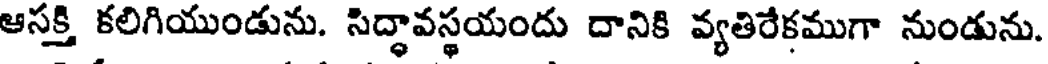
ఆసక్తి కలిగియుండును. సిద్ధావస్థయందు దానికి వ్యతిరేకముగా నుండును.